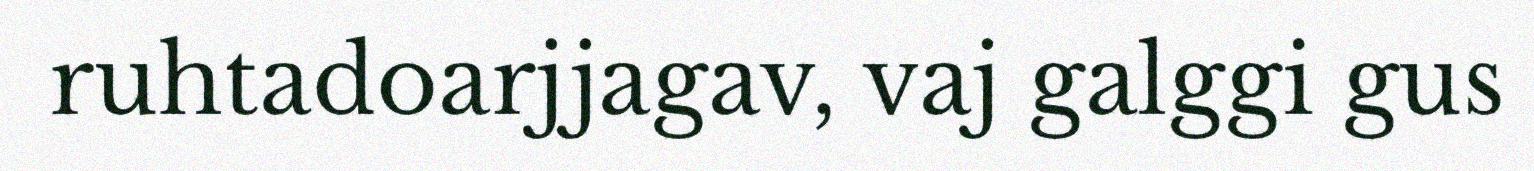
ruhtadoarjjagav, vaj galggi gus